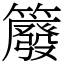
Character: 䉬